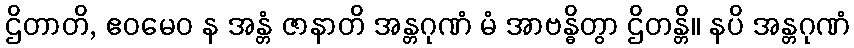
ဌိတာတိ, ဧဝမေဝ န အန္တံ ဇာနာတိ အန္တဂုဏံ မံ အာဗန္ဓိတွာ ဌိတန္တိ။ နပိ အန္တဂုဏံ